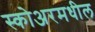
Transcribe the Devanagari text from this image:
स्कोअरमधील